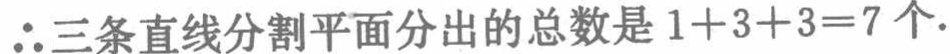
$\therefore 三条直线分割平面分出的总数是1 + 3 + 3 = 7个.$